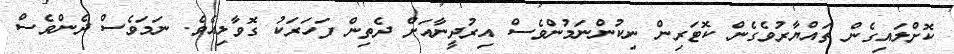
ކޮށްލައިގެން ތައްޔާރުވެގެން ކޮޓަރިން ނިކުންނަމުންވެސް އިރުދީނާއަށް ދެތިން ފަހަރަކު ގޮވާލިއެވެ. ނަމަވެސް ދެންވެސް